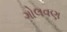
ગોલવણ